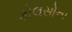
કોલસોના